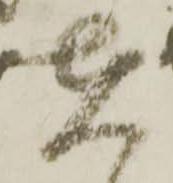
在